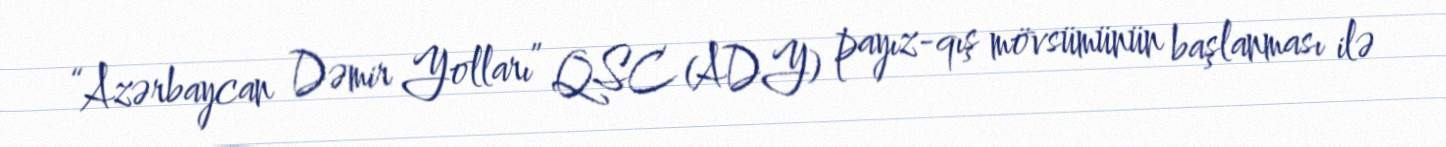
“Azərbaycan Dəmir Yolları” QSC (ADY) payız-qış mövsümünün başlanması ilə